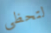
لتحظى